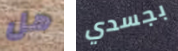
هل بجسدي